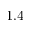
1 . 4